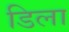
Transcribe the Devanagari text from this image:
डिला